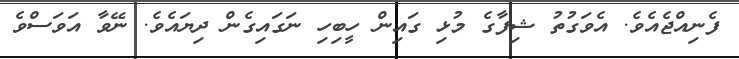
ފެނިއްޖެއެވެ. އެވަގުތު ޝިފާގެ މުޅި ގައިން ހީބިހި ނަގައިގެން ދިޔައެވެ. ނޭވާ އަވަސްވެ